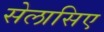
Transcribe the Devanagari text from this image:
सेलासिए